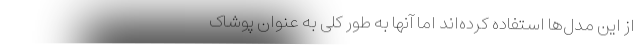
از این مدل‌ها استفاده کرده‌اند اما آنها به طور کلی به عنوان پوشاک